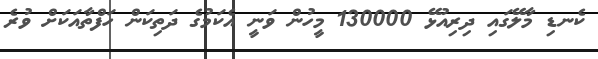
ކެނޑި މާލޭގައި ދިރިއުޅޭ 130000 މީހުން ވަނީ އެކަމުގެ ދަތިކަން ހަފްތާއަކަށް ވުރެ